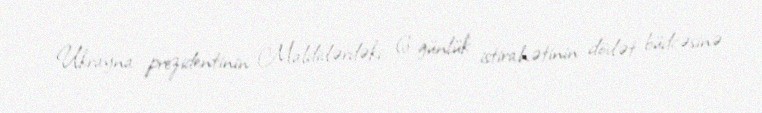
Ukrayna prezidentinin Maldivlərdəki 6 günlük istirahətinin dövlət büdcəsinə